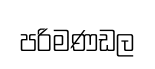
පරිමණඩල